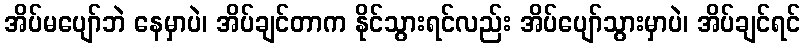
အိပ်မပျော်ဘဲ နေမှာပဲ၊ အိပ်ချင်တာက နိုင်သွားရင်လည်း အိပ်ပျော်သွားမှာပဲ၊ အိပ်ချင်ရင်